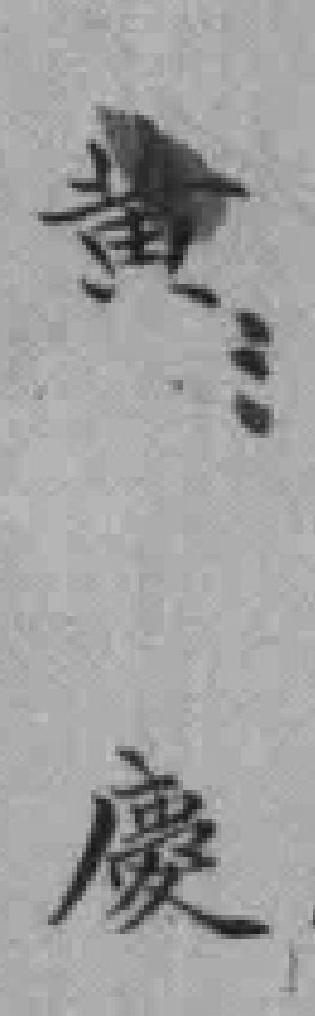
黄慶